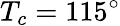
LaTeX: T_{c}=115^{\circ}